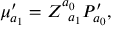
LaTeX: \mu _ { a _ { 1 } } ^ { \prime } = Z _ { \; \; a _ { 1 } } ^ { a _ { 0 } } { \cal P } _ { a _ { 0 } } ^ { \prime } ,